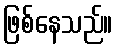
ဖြစ်နေသည်။